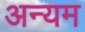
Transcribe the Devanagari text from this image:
अन्यम